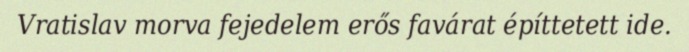
Vratislav morva fejedelem erős favárat építtetett ide.